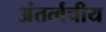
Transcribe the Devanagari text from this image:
अंतर्त्वचीय